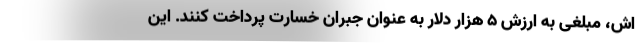
اش، مبلغی به ارزش ۵ هزار دلار به عنوان جبران خسارت پرداخت کنند. این